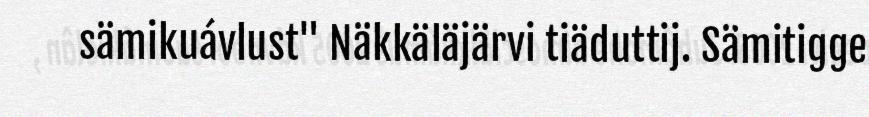
sämikuávlust" Näkkäläjärvi tiäduttij. Sämitigge